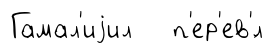
Гамал'иjил п'ер'ев'́л